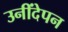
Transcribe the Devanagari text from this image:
उनींदेपन